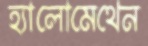
হ্যালোমেথেন